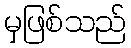
မှဖြစ်သည်